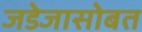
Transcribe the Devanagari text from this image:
जडेजासोबत